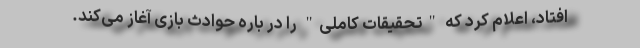
افتاد، اعلام کرد که "تحقیقات کاملی" را در باره حوادث بازی آغاز می‌کند.